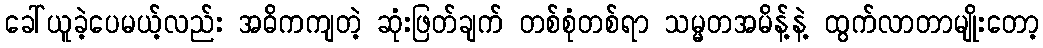
ခေါ်ယူခဲ့ပေမယ့်လည်း အဓိကကျတဲ့ ဆုံးဖြတ်ချက် တစ်စုံတစ်ရာ သမ္မတအမိန့်နဲ့ ထွက်လာတာမျိုးတော့